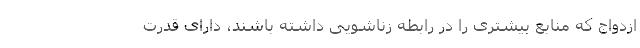
ازدواج که منابع بیشتری را در رابطه زناشویی داشته باشند، دارای قدرت